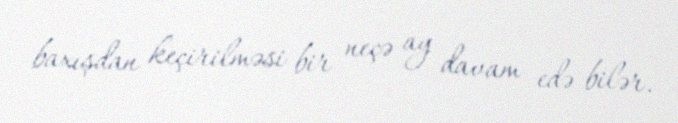
baxışdan keçirilməsi bir neçə ay davam edə bilər.